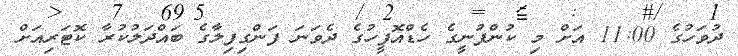
ދުވަހުގެ 11:00 އަށް މި ކުންފުނީގެ ހެޑްއޮފީހުގެ ދެވަނަ ފަންގިފިލާގެ ބައްދަލުކުރާ ކޮޓަރިއަށް